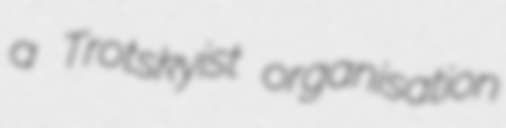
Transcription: a Trotskyist organisation